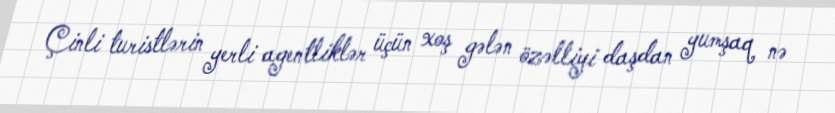
Çinli turistlərin yerli agentliklər üçün xoş gələn özəlliyi daşdan yumşaq nə